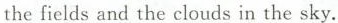
the fields and the clouds in the sky.